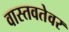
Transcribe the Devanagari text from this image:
वास्तवतेवर